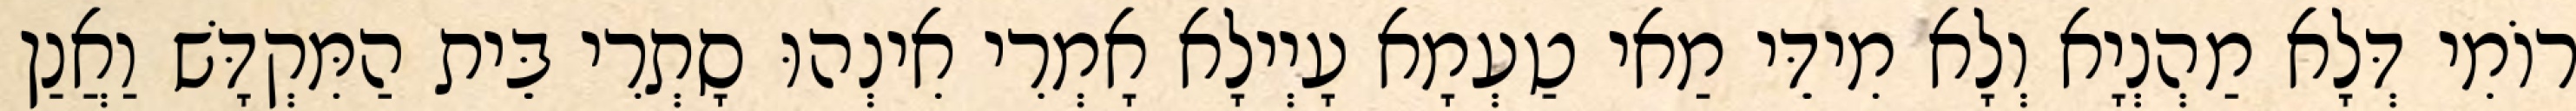
רוֹמִי דְּלָא מַהְנְיָא וְלָא מִידֵּי מַאי טַעְמָא עָיְילָא אָמְרִי אִינְהוּ סָתְרִי בֵּית הַמִּקְדָּשׁ וַאֲנַן